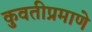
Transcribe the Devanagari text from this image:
कुवतीप्रमाणे